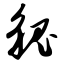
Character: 貌